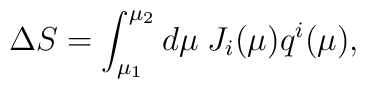
\Delta S = \int_{\mu_1}^{\mu_2} d\mu \;J_i(\mu) q^i(\mu),